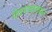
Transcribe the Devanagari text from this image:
वेदपादाख्यान